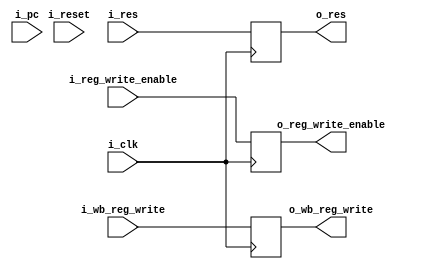
`timescale 1ns / 1ps
//////////////////////////////////////////////////////////////////////////////////
// Company: 
// Engineer: 
// 
// Design Name: 
// Module Name: etapa_wb
// Project Name: 
// Target Devices: 
// Tool Versions: 
// Description: 
// 
// Dependencies: 
// 
// Revision:
// Revision 0.01 - File Created
// Additional Comments:
// 
//////////////////////////////////////////////////////////////////////////////////


module etapa_wb# (
     parameter   PC_SIZE = 11,
     parameter   TAM_DATA = 32,
     parameter   DIRECCION_SIZE = 26,
     parameter   REGISTER_SIZE = 5
)
(
        input                                 i_clk,
        input                                 i_reset,

        input  [PC_SIZE - 1 : 0]              i_pc,
        input  [TAM_DATA - 1 : 0]             i_res,
        input  [REGISTER_SIZE - 1 : 0]        i_wb_reg_write,
        input                                 i_reg_write_enable,

        output  [TAM_DATA - 1 : 0]            o_res,
        output  [REGISTER_SIZE - 1 : 0]       o_wb_reg_write,
        output                                o_reg_write_enable

    );
    
    reg                                 reg_write_enable_tmp;
    reg  [REGISTER_SIZE - 1 : 0]        wb_reg_write_tmp;
    reg  [TAM_DATA - 1 : 0]             res_tmp;
    
    
always @(posedge i_clk)
begin
    reg_write_enable_tmp <= i_reg_write_enable;
    wb_reg_write_tmp <= i_wb_reg_write;
    res_tmp <= i_res;
end
        assign o_res =                   res_tmp;
        assign o_wb_reg_write =          wb_reg_write_tmp;
        assign o_reg_write_enable =      reg_write_enable_tmp;
    
    
endmodule